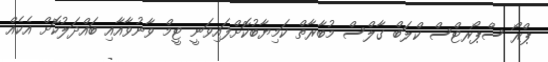
ޕްރޯ ސްޕޯރޓްސް ކްލަބް ގާލްސް މުބާރާތް ކަމިޔާބުކޮށްފައިވަނީ ޓީމް ވާނުވާއާއި ބައްދަލުކޮށް އެކެއް